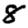
Digit: 8